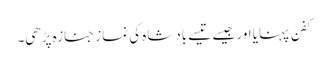
کفن پہنایا اور جیسے تیسے بادشاہ کی نمازِ جنازہ پڑھی۔